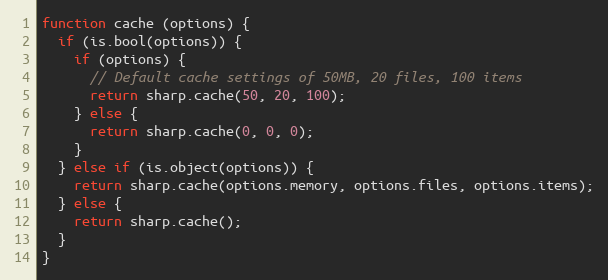
Language: JavaScript
function cache (options) {
  if (is.bool(options)) {
    if (options) {
      // Default cache settings of 50MB, 20 files, 100 items
      return sharp.cache(50, 20, 100);
    } else {
      return sharp.cache(0, 0, 0);
    }
  } else if (is.object(options)) {
    return sharp.cache(options.memory, options.files, options.items);
  } else {
    return sharp.cache();
  }
}